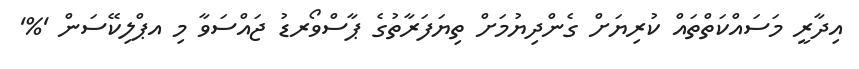
އިދާރީ މަސައްކަތްތައް ކުރިޔަށް ގެންދިޔުމަށް ތިޔަފަރާތުގެ ޕާސްވޯރޑު ޖައްސަވާ މި އޕްލިކޭސަން '%'